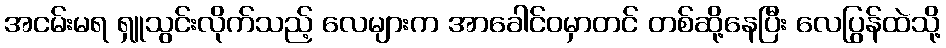
အငမ်းမရ ရှူသွင်းလိုက်သည့် လေများက အာခေါင်ဝမှာတင် တစ်ဆို့နေပြီး လေပြွန်ထဲသို့